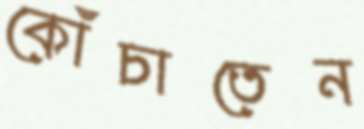
কোঁচাতেন